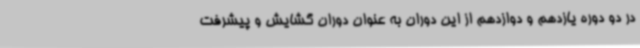
در دو دوره یازدهم و دوازدهم از این دوران به عنوان دوران گشایش و پیشرفت